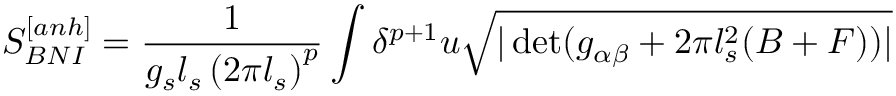
S _ { B N I } ^ { [ a n h ] } = \frac { 1 } { g _ { s } l _ { s } \left( 2 \pi l _ { s } \right) ^ { p } } \int \delta ^ { p + 1 } u \sqrt { | \operatorname * { d e t } ( g _ { \alpha \beta } + 2 \pi l _ { s } ^ { 2 } ( B + F ) ) | }